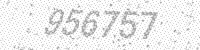
Solution: 956757